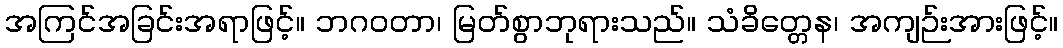
အကြင်အခြင်းအရာဖြင့်။ ဘဂဝတာ၊ မြတ်စွာဘုရားသည်။ သံခိတ္တေန၊ အကျဉ်းအားဖြင့်။